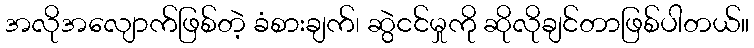
အလိုအလျောက်ဖြစ်တဲ့ ခံစားချက်၊ ဆွဲငင်မှုကို ဆိုလိုချင်တာဖြစ်ပါတယ်။